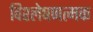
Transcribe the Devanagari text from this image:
विश्लेषणत्मक